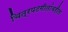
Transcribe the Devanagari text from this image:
चित्रपटगीतांवरील